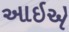
આઇએ